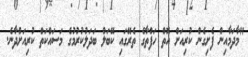
"މާދަމާއިން ފެށިގެން ކުރިއަށް އޮތް ހަފްތާގެ ތެރޭގައި ކޭބަލް ބަދަލުކުރުމުގެ މަސައްކަތް ކުރިއަށްދާނެ.